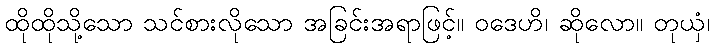
ထိုထိုသို့သော သင်စားလိုသော အခြင်းအရာဖြင့်။ ဝဒေဟိ၊ ဆိုလော။ တုယှံ၊